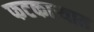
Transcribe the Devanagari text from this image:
फटकाऱ्यात